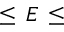
\leq \, E \, \leq